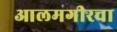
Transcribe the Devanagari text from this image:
आलमगीरचा